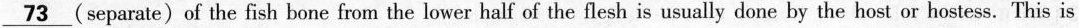
\underline{73} (separate)of the fish bone from the lower half of the flesh is usually done by the host or hostess. This is